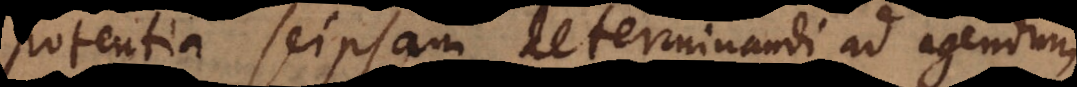
potentia seipsam determinandi ad agendum